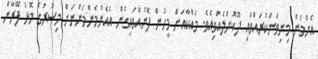
އެންމެން މިނިވަންކުރައްވައި ދޫކޮށްލެއްވިއެވެ. މައްކާއަށް މީހުން ފޮނުއްވައިގެން އެއެންމެންމެންނަށް މިސުރުގެ މޮޅު ފޭރާން